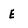
Character: E